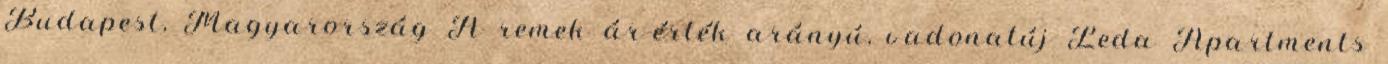
Budapest, Magyarország A remek ár-érték arányú, vadonatúj Leda Apartments